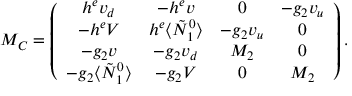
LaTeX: M _ { C } = \left( \begin{array} { c c c c } { { h ^ { e } v _ { d } } } & { { - h ^ { e } v } } & { { 0 } } & { { - g _ { 2 } v _ { u } } } \\ { { - h ^ { e } V } } & { { h ^ { e } \langle \tilde { N } _ { 1 } ^ { 0 } \rangle } } & { { - g _ { 2 } v _ { u } } } & { { 0 } } \\ { { - g _ { 2 } v } } & { { - g _ { 2 } v _ { d } } } & { { M _ { 2 } } } & { { 0 } } \\ { { - g _ { 2 } \langle \tilde { N } _ { 1 } ^ { 0 } \rangle } } & { { - g _ { 2 } V } } & { { 0 } } & { { M _ { 2 } } } \end{array} \right) .